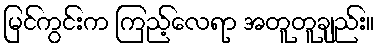
မြင်ကွင်းက ကြည့်လေရာ အတူတူချည်း။